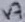
Text: V7